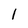
Character: 1